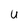
Character: U